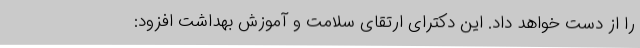
را از دست خواهد داد. این دکترای ارتقای سلامت و آموزش بهداشت افزود: